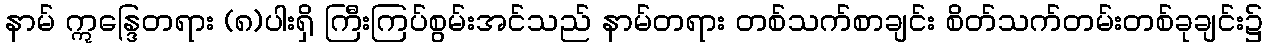
နာမ် ဣန္ဒြေတရား (၈)ပါးရှိ ကြီးကြပ်စွမ်းအင်သည် နာမ်တရား တစ်သက်စာချင်း စိတ်သက်တမ်းတစ်ခုချင်း၌